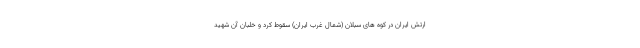
ارتش ایران در کوه های سبلان (شمال غرب ایران) سقوط کرد و خلبان آن شهید